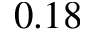
0 . 1 8